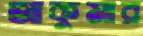
আকুমার